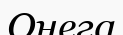
Онега